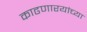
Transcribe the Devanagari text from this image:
काढणारयांच्या